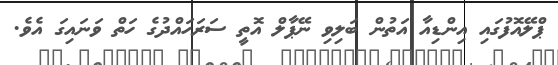
ޕްލޭއޮފުގައި އިންޑިއާ އަތުން ބަލިވި ނޭޕާލް އޮތީ ސަރަހައްދުގެ ހަތް ވަނައިގަ އެވެ.